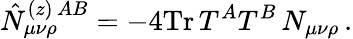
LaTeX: \hat{N}_{\mu\nu\rho}^{(z)\, AB}=-4\mathrm{Tr}\, T^{A}T^{B}\, N_{\mu\nu\rho}\, .